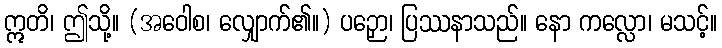
ဣတိ၊ ဤသို့။ (အဝေါစ၊ လျှောက်၏။) ပဉှော၊ ပြဿနာသည်။ နော ကလ္လော၊ မသင့်။